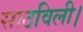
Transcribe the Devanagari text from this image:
साठविली।